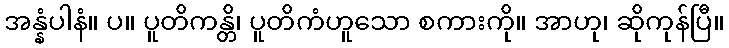
အန္နံပါနံ။ ပ။ ပူတိကန္တိ၊ ပူတိကံဟူသော စကားကို။ အာဟု၊ ဆိုကုန်ပြီ။